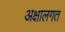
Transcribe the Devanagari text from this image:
अक्षालगत